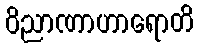
ဝိညာဏာဟာရောတိ